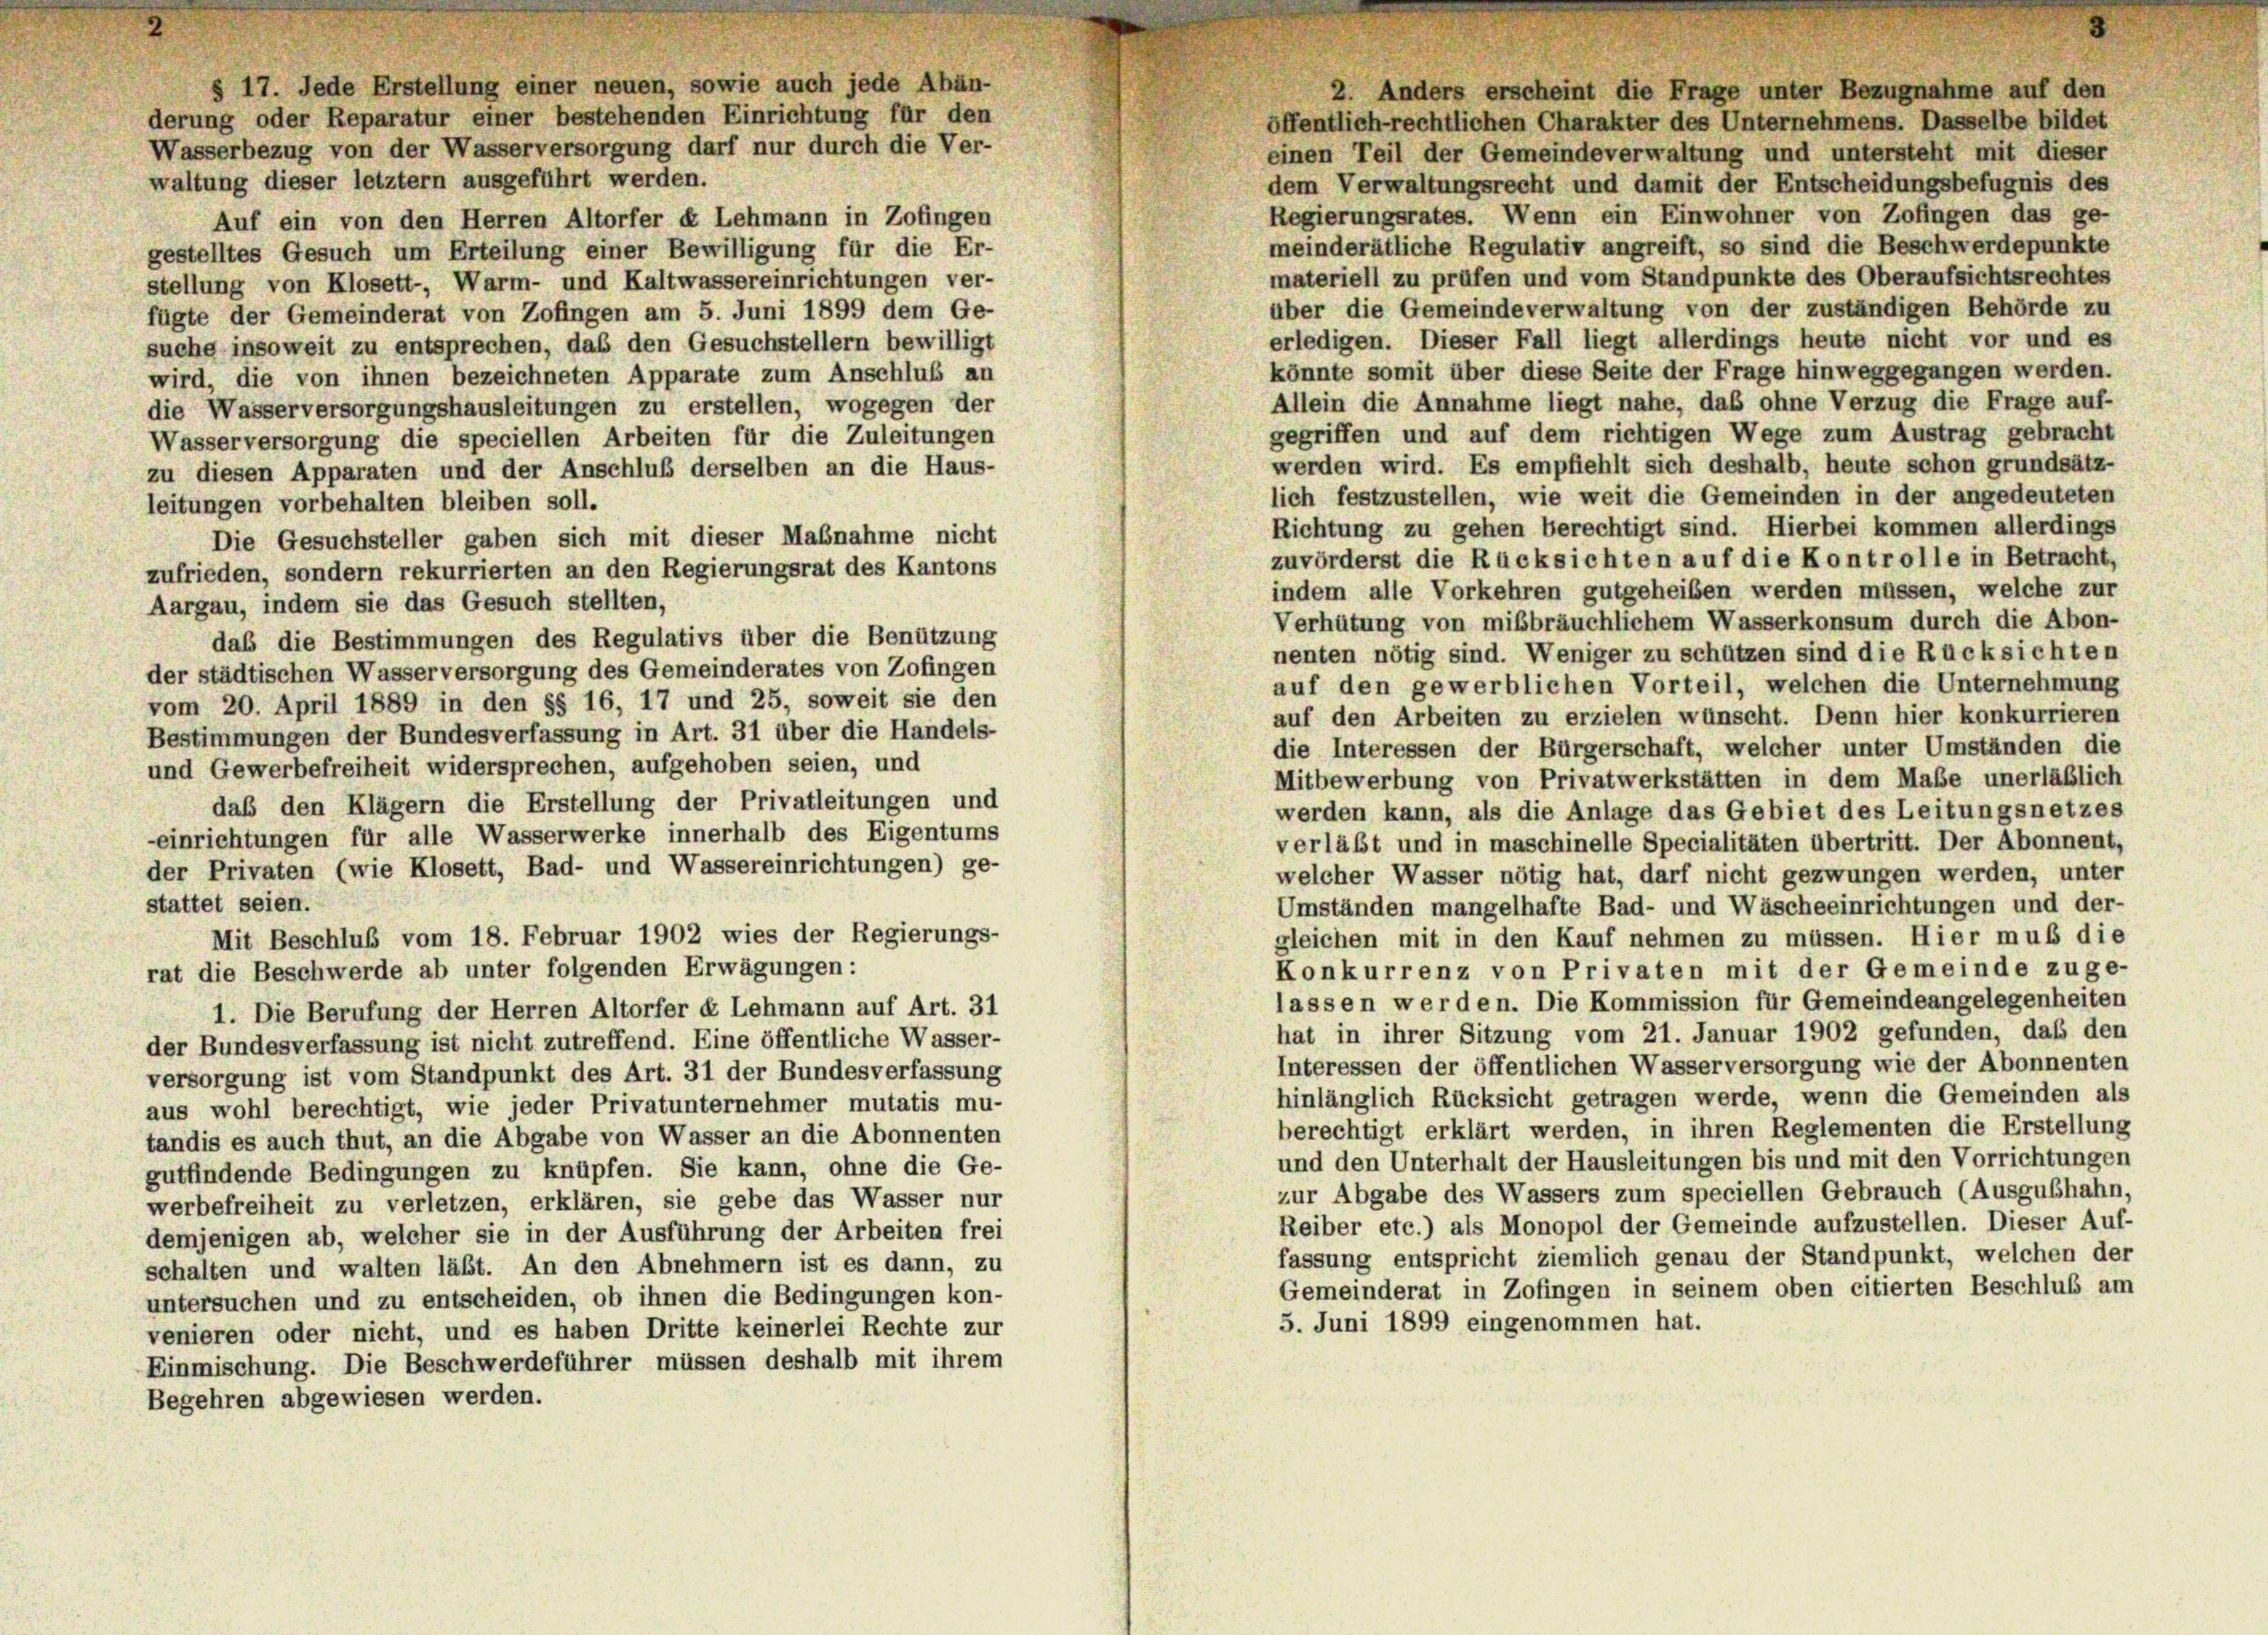
derung oder Reparatur einer bestehenden Einrichtung für den
waltung dieser letztem ausgeführt werden.
dem Verwaltungsrecht und damit der Entscheidungsbefugnis des
Regierungsrates. Wenn ein Einwohner von Zofingen das ge-
Auf ein von den Herren Altorfer « Lehmann in Zofingen
meinderätliche Regulativ angreift, so sind die Beschwerdepunkte
gestelltes Gesuch um Erteilung einer Bewilligung für die Er-
materiell zu prüfen und vom Standpunkte des Oberaufsichtsrechtes
stellung von Klosett-, Warm- und Kaltwassereinrichtungen ver-
über die Gemeindeverwaltung von der zuständigen Behörde zu
fügte der Gemeinderat von Zofingen am 5. Juni 1899 dem Ge-
erledigen. Dieser Fall liegt allerdings heute nicht vor und es
suche insoweit zu entsprechen, daß den Gesuchstellern bewilligt
könnte somit über diese Seite der Frage hinweggegangen werden.
wird, die von ihnen bezeichneten Apparate zum Anschluß an
Allein die Annahme liegt nahe, daß ohne Verzug die Frage auf-
die Wasserversorgungshausleitungen zu erstellen, wogegen der
gegriffen und auf dem richtigen Wege zum Austrag gebracht
Wasserversorgung die speciellen Arbeiten für die Zuleitungen
werden wird. Es empfiehlt sich deshalb, heute schon grundsätz-
zu diesen Apparaten und der Anschluß derselben an die Haus-
lich festzustellen, wie weit die Gemeinden in der angedeuteten
leitungen vorbehalten bleiben soll.
Richtung zu gehen berechtigt sind. Hierbei kommen allerdings
Die Gesuchsteller gaben sich mit dieser Maßnahme nicht
zuvörderst die Rücksichten auf die Kontrolle in Betracht,
zufrieden, sondern rekurrierten an den Regierungsrat des Kantons
indem alle Vorkehren gutgeheiben werden müssen, welche zur
Aargau, indem sie das Gesuch stellten,
Verhütung von mißbräuchlichem Wasserkonsum durch die Abon-
das die Bestimmungen des Regulativs über die Benützung
nenten nötig sind. Weniger zu schützen sind die Rücksichten
der städtischen Wasserversorgung des Gemeinderates von Zofingen
auf den gewerblichen Vorteil, welchen die Unternehmung
vom 20. April 1889 in den §§ 16, 17 und 25, soweit sie den
auf den Arbeiten zu erzielen wünscht. Denn hier konkurrieren
Bestimmungen der Bundesverfassung in Art. 31 über die Handels-
die Interessen der Bürgerschaft, welcher unter Umständen die
und Gewerbefreiheit widersprechen, aufgehoben seien, und
Mitbewerbung von Privatwerkstätten in dem Maße unerläßlich
daß den Klägern die Erstellung der Privatleitungen und
werden kann, als die Anlage das Gebiet des Leitungsnetzes
-einrichtungen für alle Wasserwerke innerhalb des Eigentums
verläßt und in maschinelle Specialitäten übertritt. Der Abonnent,
der Privaten (wie Klosett, Bad- und Wassereinrichtungen) ge-
welcher Wasser nötig hat, darf nicht gezwungen werden, unter
stattet seien.
Umständen mangelhafte Bad- und Wäscheeinrichtungen und der-
Mit Beschluß vom 18. Februar 1902 wies der Regierungs-
gleichen mit in den Kauf nehmen zu müssen. Hier muß die
Konkurrenz von Privaten mit der Gemeinde zuge-
rat die Beschwerde ab unter folgenden Erwägungen:
lassen werden. Die Kommission für Gemeindeangelegenheiten
1. Die Berufung der Herren Altorfer et Lehmann auf Art. 31
hat in ihrer Sitzung vom 21. Januar 1902 gefunden, daß den
der Bundesverfassung ist nicht zutreffend. Eine öffentliche Wasser-
Interessen der öffentlichen Wasserversorgung wie der Abonnenten
versorgung ist vom Standpunkt des Art. 31 der Bundesverfassung
hinlänglich Rücksicht getragen werde, wenn die Gemeinden als
aus wohl berechtigt, wie jeder Privatunternehmer mutatis mu-
berechtigt erklärt werden, in ihren Reglementen die Erstellung
tandis es auch thut, an die Abgabe von Wasser an die Abonnenten
und den Unterhalt der Hausleitungen bis und mit den Vorrichtungen
gutfindende Bedingungen zu knüpfen. Sie kann, ohne die Ge-
zur Abgabe des Wassers zum speciellen Gebrauch (Ausgubhahn,
werbefreiheit zu verletzen, erklären, sie gebe das Wasser nur
Reiber etc.) als Monopol der Gemeinde aufzustellen. Dieser Auf-
demjenigen ab, welcher sie in der Ausführung der Arbeiten frei
fassung entspricht ziemlich genau der Standpunkt, welchen der
schalten und walten läßt. An den Abnehmern ist es dann, zu
Gemeinderat in Zofingen in seinem oben citierten Beschluß am
untersuchen und zu entscheiden, ob ihnen die Bedingungen kon-
5. Juni 1899 eingenommen hat.
venieren oder nicht, und es haben Dritte keinerlei Rechte zur
Einmischung. Die Beschwerdeführer müssen deshalb mit ihrem
Begehren abgewiesen werden.

§ 17. Jede Erstellung einer neuen, sowie auch jede Abän-
Wasserbezug von der Wasserversorgung darf nur durch die Ver-

2. Anders erscheint die Frage unter Bezugnahme auf den
öffentlich-rechtlichen Charakter des Unternehmens. Dasselbe bildet
einen Teil der Gemeindeverwaltung und untersteht mit dieser